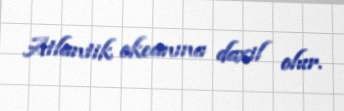
Atlantik okeanına daxil olur.